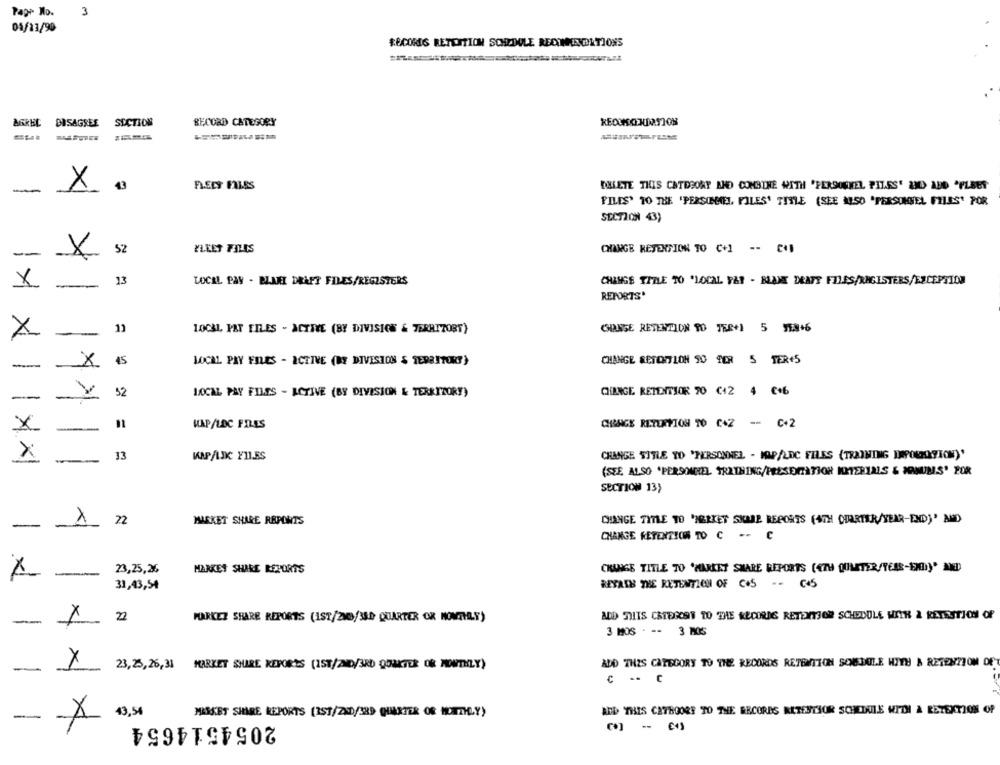
Page No.
3
04/13/90
RECORIS RETENTION SCHWULE RECOMMENDATIONS
DISAGREE
SECTION
RECORD CATEGORY
-
X
FLEES FILES
DELETE THIS CATEGORY AND COMBINE WITH 'PERSONEEL PILSS' AND ADD "FLEET
FILES' TO THE 'PERSONNEL FILES' TITLE (SEE ALSO 'PERSONNEL FILES' POR
SECTION 43)
52
FLEET FILES
CHANGE RETENTION TO (+1 -- CH
-
X
13
LOCAL PAY - BLANT DRAFT FILES/REGISTERS
CHANGE TITLE TO 'LOCAL FAT - BLAME DEATS FILES/REGISTERS/ESCEPTION
x
-
REPORTS'
11
10CAL PRT FILES - ACTIVE (BY DIVISION & TERRITORY)
GRISE RETENTION 90 TER+1 5 95846
X
--
-
× 15
LOCAL PAY FILES - ACTIVE (DE DIVISION & TERRITORY)
CHANGE RETOPTION SO PER 5 TER'S
-
52
LOCAL PAY FILES - ACTIVE (BY DIVISION & TERRITORY)
CHANGE RETENTIOR 70 C+2 4 €+6
x
HAP/LOC FILES
QBAGE RETURTION TO C+2 -- C+2
X_
1
X
33
= =
CHANGE SITLE YO 'PERSONNEL - MOP/LDC FILES (TRAINING DEPOSITION)'
1
(SEE ALSO 'PERSONNEL TRATHING/PRESENTATION INTERIALS & MANINS' POR
SECTION 13}
X n
MARKET SHARE REPORTS
CHANGE TITLE TO 'MERKET SKABE REPORTS (4TH QUARTER/YEAR-END)' AND
-
-
CHANGE RETENTION TO C -- C
-
23,25,26
MARKET SHARE REPORTS
CHANGE TITLE TO 'MARKET SHARE REPORTS (4TH QUMETER/TERS-SIDY' MED
31,43,54
RETAIN THE RETENTION OF COS .- 6.5
-
2
PORKET SHARE REPORTS (1ST/200/300 QUARTER OR NOVELY)
ADD THIS CATEGORS TO THE RECORDS RETENTJOR SCHEDULE WITH & RETESTION OF
3 MOS . -- 3 105
23,23,26,31
MARKET SHARE REPORTS (1ST/ID/3RD QUARTER OR TORTILY)
ADD THIS CATEGORY TO THE RECORDS RETENTION SOMEDULE HITH & RETENTION OF
-
43,54
ADD THIS CETBOORE TO THE RECORDS RETESTHOR SCHEDULE WIDI & RETENTION OP
--
X
MARKET SHARE REPORTS (251/200/339 QUARTER OR NOTTILY)
2054514654